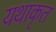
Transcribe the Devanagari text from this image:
यथाकृत